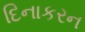
દિનાકરન